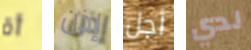
أة إذن أجل لدي